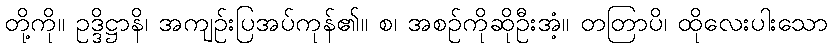
တို့ကို။ ဥဒ္ဒိဋ္ဌာနိ၊ အကျဉ်းပြအပ်ကုန်၏။ စ၊ အစဉ်ကိုဆိုဦးအံ့။ တတြာပိ၊ ထိုလေးပါးသော